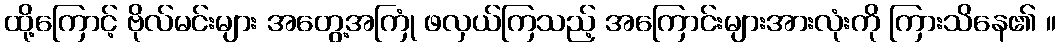
ထို့ကြောင့် ဗိုလ်မင်းများ အတွေ့အကြုံ ဖလှယ်ကြသည့် အကြောင်းများအားလုံးကို ကြားသိနေ၏ ။